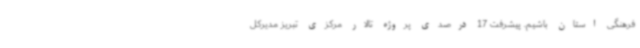
فرهنگی استان باشیم. پیشرفت 17 درصدی پروژه تالار مرکزی تبریز مدیرکل